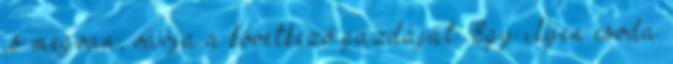
is megvan, várja a következő gazdáját. Egy ilyen csoda